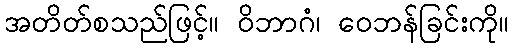
အတိတ်စသည်ဖြင့်။ ဝိဘာဂံ၊ ဝေဘန်ခြင်းကို။